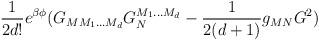
LaTeX: \begin{align*}\frac{1}{2d!}e^{\beta \phi}(G_{MM_{1}...M_{d}}G_{N}^{M_{1}...M_{d}}- \frac{1}{2(d+1)}g_{MN}G^{2}) \end{align*}